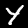
Label: 4